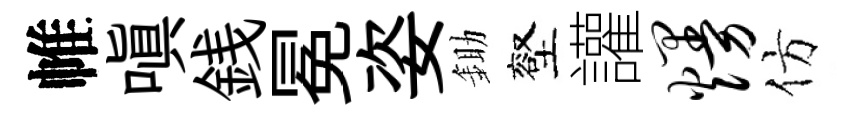
帷嗔銭冕姿鋤壑讙熳仿